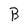
Character: B